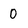
Character: 0